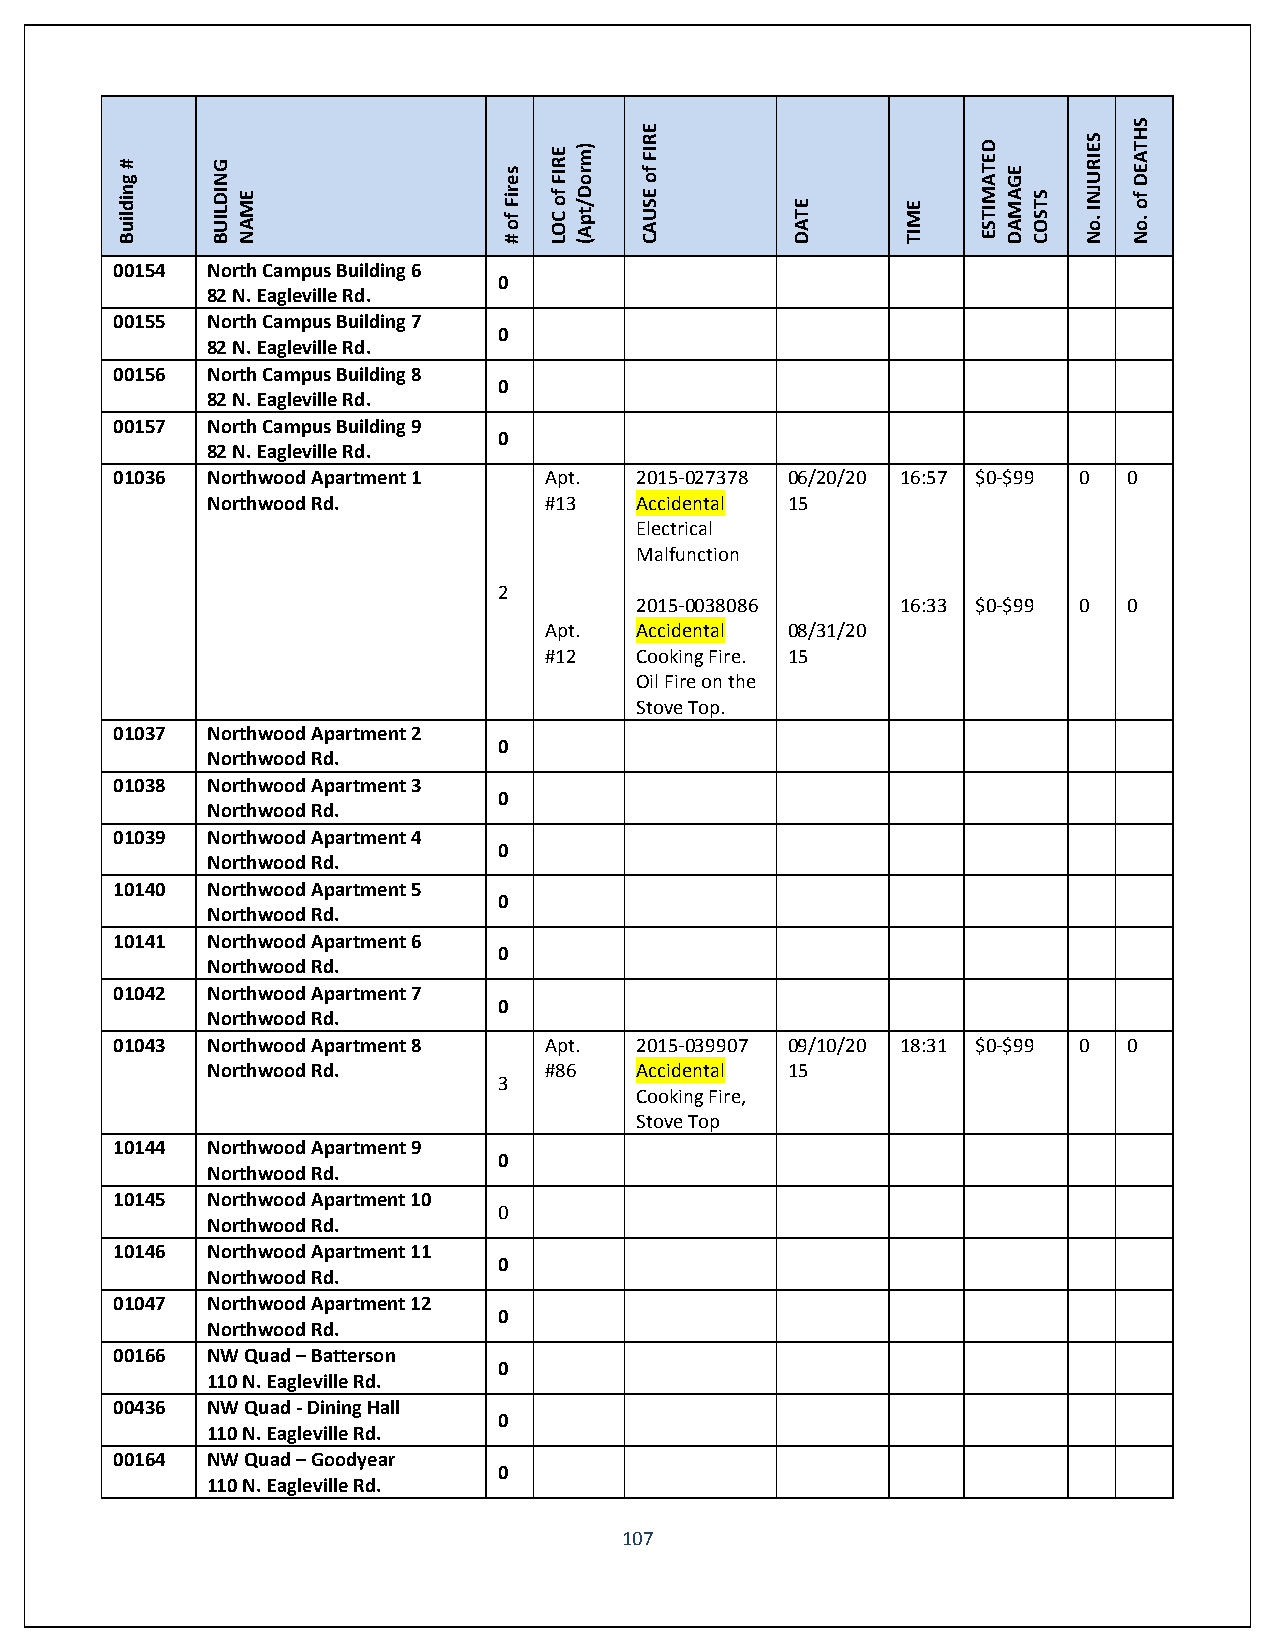
Building
 #     BUILDING
 NAME
 #
 of
 Fires
 LOC
 of
 FIRE (Apt/Dorm)
 CAUSE
 of
 FIRE
 DATE    TIME
 ESTIMATED
 DAMAGE
 COSTS
 No.
 INJURIES
 No.
 of
 DEATHS
 00154  North Campus Building 6
 0
 82 N. Eagleville Rd.
 00155  North Campus Building 7
 0
 82 N. Eagleville Rd.
 00156  North Campus Building 8
 0
 82 N. Eagleville Rd.
 00157  North Campus Building 9
 0
 82 N. Eagleville Rd.
 01036  Northwood Apartment 1 Apt.  2015-027378 06/20/20 16:57 $0-$99 0 0
 Northwood Rd.         #13   Accidental 15
 Electrical
 Malfunction
 2
 2015-0038086      16:33 $0-$99 0 0
 Apt.  Accidental 08/31/20
 #12   Cooking Fire. 15
 Oil Fire on the
 Stove Top.
 01037  Northwood Apartment 2
 0
 Northwood Rd.
 01038  Northwood Apartment 3
 0
 Northwood Rd.
 01039  Northwood Apartment 4
 0
 Northwood Rd.
 10140  Northwood Apartment 5
 0
 Northwood Rd.
 10141  Northwood Apartment 6
 0
 Northwood Rd.
 01042  Northwood Apartment 7
 0
 Northwood Rd.
 01043  Northwood Apartment 8 Apt.  2015-039907 09/10/20 18:31 $0-$99 0 0
 Northwood Rd.         #86   Accidental 15
 3
 Cooking Fire,
 Stove Top
 10144  Northwood Apartment 9
 0
 Northwood Rd.
 10145  Northwood Apartment 10
 0
 Northwood Rd.
 10146  Northwood Apartment 11
 0
 Northwood Rd.
 01047  Northwood Apartment 12
 0
 Northwood Rd.
 00166  NW Quad – Batterson
 0
 110 N. Eagleville Rd.
 00436  NW Quad - Dining Hall
 0
 110 N. Eagleville Rd.
 00164  NW Quad – Goodyear
 0
 110 N. Eagleville Rd.
 107